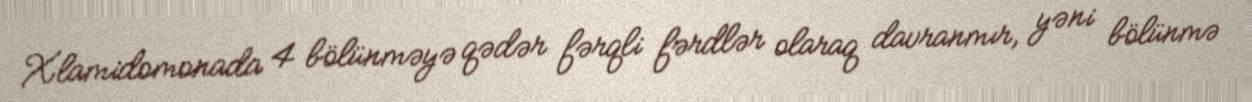
Xlamidomonada 4 bölünməyə qədər fərqli fərdlər olaraq davranmır, yəni bölünmə